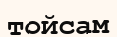
тойсам